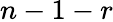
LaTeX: n-1-r